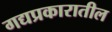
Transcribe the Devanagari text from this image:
गद्यप्रकारातील